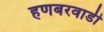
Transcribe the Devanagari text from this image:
हणबरवाडी